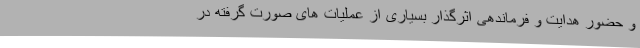
و حضور هدایت و فرماندهی اثرگذار بسیاری از عملیات های صورت گرفته در